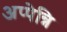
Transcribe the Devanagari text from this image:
अप्पेन्नि